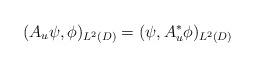
LaTeX: \begin{align*}(A_u\psi,\phi)_{L^2(D)} = (\psi,A_u^* \phi)_{L^2(D)}\end{align*}